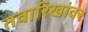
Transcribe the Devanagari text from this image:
तवारिखांवर